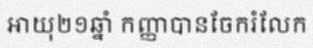
អាយុ២១ឆ្នាំ កញ្ញាបានចែករំលែក